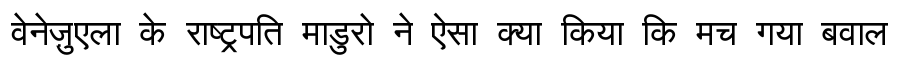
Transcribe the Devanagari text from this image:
वेनेज़ुएला के राष्ट्रपति माडुरो ने ऐसा क्या किया कि मच गया बवाल